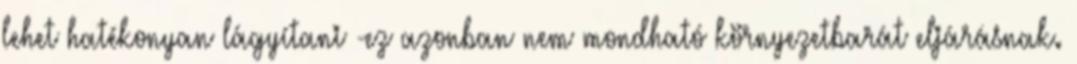
lehet hatékonyan lágyítani -ez azonban nem mondható környezetbarát eljárásnak.